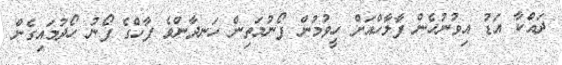
ދައްކާ އަޑު އިވުނުހެން ފާލާހްއަށް ހީވުމުން ފޯނުމަތިން ހަނދާންވެ ފާހްގެ ފޯނު ހޯދުމައިގެން